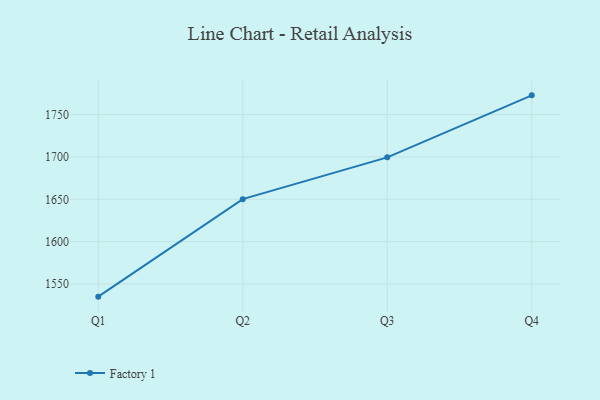
{"axis": {"x": "Quarter", "y": "LTV (USD)"}, "legend": ["Factory 1"], "data": [{"x": "Q1", "y": 1535.1, "type": "Factory 1"}, {"x": "Q2", "y": 1650.2, "type": "Factory 1"}, {"x": "Q3", "y": 1699.5, "type": "Factory 1"}, {"x": "Q4", "y": 1772.7, "type": "Factory 1"}]}